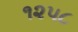
૧૨૫૮